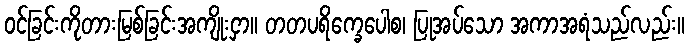
ဝင်ခြင်းကိုတားမြစ်ခြင်းအကျိုးငှာ။ တတပရိက္ခေပေါစ၊ ပြုအပ်သော အကာအရံသည်လည်း။